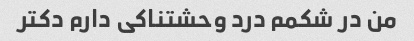
من در شکمم درد وحشتناکی دارم دکتر